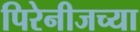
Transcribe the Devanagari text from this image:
पिरेनीजच्या